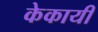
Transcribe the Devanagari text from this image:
केकायी